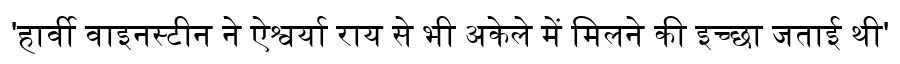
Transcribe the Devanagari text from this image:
'हार्वी वाइनस्टीन ने ऐश्वर्या राय से भी अकेले में मिलने की इच्छा जताई थी'